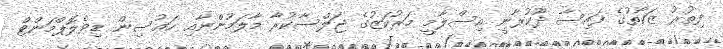
ފިތުރު ޒަކާތުގެ ފައިސާ ދޫކުރާނީ އިސްލާމީ މަރުކަޒުގެ ޖަލްސާކުރާ މާލަމުންނާއި ހައުސިން ޑިވެލޮޕްމަންޓް